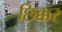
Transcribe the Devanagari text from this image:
छिक्कर